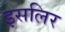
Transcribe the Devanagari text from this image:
इसलिर